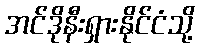
အင်ဒိုနီးရှားနိုင်ငံသို့